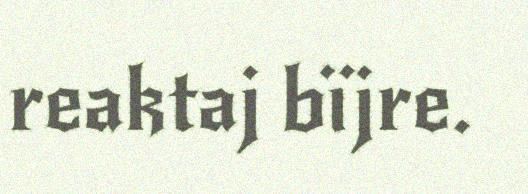
reaktaj bïjre.